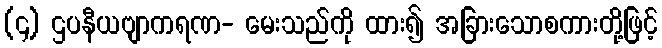
(၄) ဌပနီယဗျာကရဏ- မေးသည်ကို ထား၍ အခြားသောစကားတို့ဖြင့်